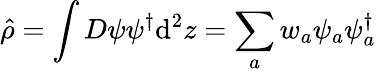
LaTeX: \hat{\rho}=\int D\psi\psi^{\dagger}\mathrm{d}^{2}z=\sum_{a}w_{a}\psi_{a}\psi_{a}^{\dagger}